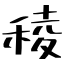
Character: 稜